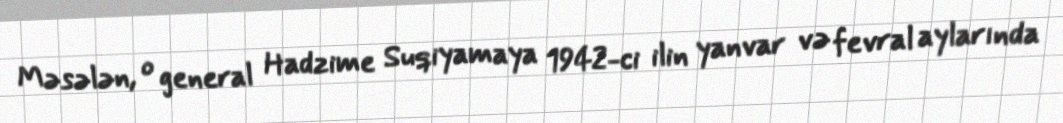
Məsələn, o general Hadzime Suqiyamaya 1942-ci ilin yanvar və fevral aylarında